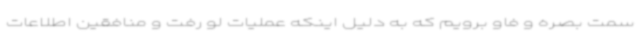
سمت بصره و فاو برویم که به دلیل اینکه عملیات لو رفت و منافقین اطلاعات